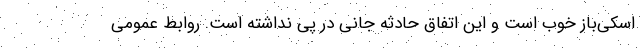
اسکی‌باز خوب است و این اتفاق حادثه جانی در پی نداشته است. روابط عمومی